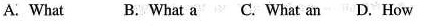
A. What B. What a C. What an D. How